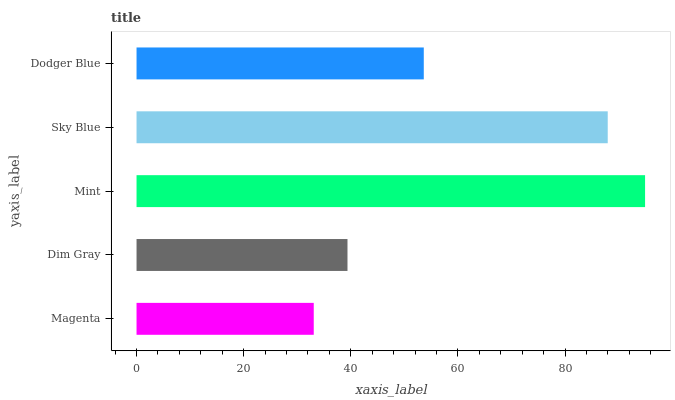
| yaxis_label | bars |
 | --- | --- |
 | Magenta | 33.1 |
 | Dim Gray | 39.4 |
 | Mint | 94.9 |
 | Sky Blue | 88 |
 | Dodger Blue | 53.6 |